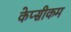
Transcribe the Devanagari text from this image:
केप्सीकम